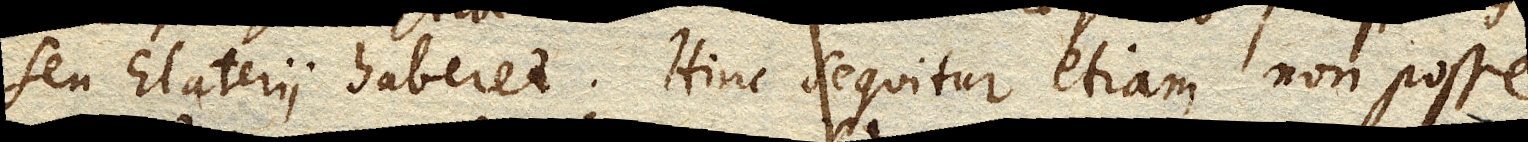
seu Elaterii haberet. Hinc sequitur etiam non posse